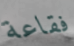
فقاعة